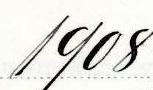
1908